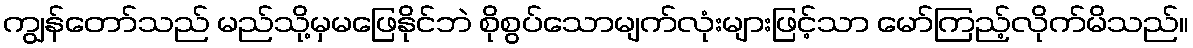
ကျွန်တော်သည် မည်သို့မှမဖြေနိုင်ဘဲ စိုစွပ်သောမျက်လုံးများဖြင့်သာ မော်ကြည့်လိုက်မိသည်။